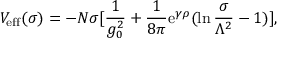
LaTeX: V _ { \mathrm { e f f } } ( \sigma ) = - N \sigma [ { \frac { 1 } { g _ { 0 } ^ { 2 } } } + { \frac { 1 } { 8 \pi } } \mathrm { e } ^ { \gamma \rho } ( \ln { \frac { \sigma } { \Lambda ^ { 2 } } } - 1 ) ] ,